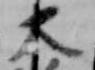
大